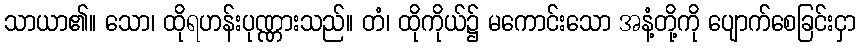
သာယာ၏။ သော၊ ထိုရဟန်းပုဏ္ဏားသည်။ တံ၊ ထိုကိုယ်၌ မကောင်းသော အနံ့တို့ကို ပျောက်စေခြင်းငှာ